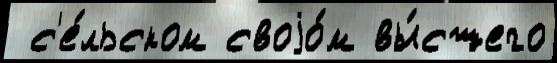
 с'е́льском своjо́м вы́сшего